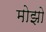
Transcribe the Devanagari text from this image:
मोझो